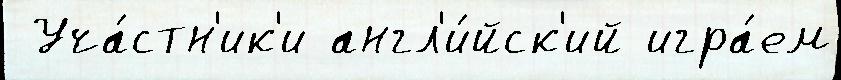
 Уча́стн'ик'и англ'и́йск'ий игра́ем